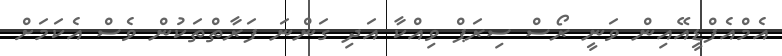
އެމްއެފްޑީއޭއިން ވަނީ ރޯސް ސިރަޕް ވިއްކާ އަދި ގަންނަ ފަރާތްތަކުން ވެސް އެކަމަށް